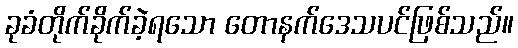
ခုခံတိုက်ခိုက်ခဲ့ရသော တောနက်ဒေသပင်ဖြစ်သည်။